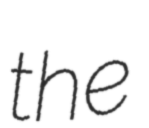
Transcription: the